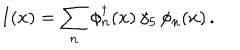
I ( x ) = \sum _ { n } \phi _ { n } ^ { \dagger } ( x ) \, \gamma _ { 5 } \, \phi _ { n } ( x ) \, .